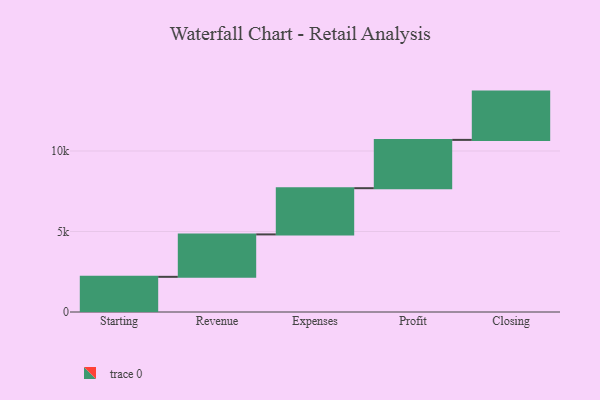
{"axis": {"x": "Step", "y": "Value"}, "legend": [""], "data": [{"x": "Starting", "y": 2185.0, "type": ""}, {"x": "Revenue", "y": 2635.0, "type": ""}, {"x": "Expenses", "y": 2871.0, "type": ""}, {"x": "Profit", "y": 3000, "type": ""}, {"x": "Closing", "y": 3000, "type": ""}]}